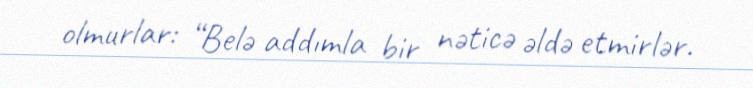
olmurlar: “Belə addımla bir nəticə əldə etmirlər.